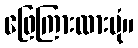
ဖြေကြားထားပုံ။